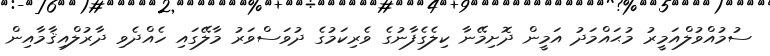
ސުމުއްވުލްއަމީރު މުޙައްމަދު އަމީން ދޮށިމޭނާ ކިލެގެފާނުގެ ވެރިކަމުގެ ދުވަސްވަރު މާލޭގައި ހެއްދެވި ދާރުލްއިޤާމާއިން